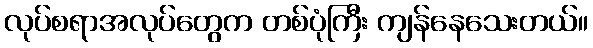
လုပ်စရာအလုပ်တွေက တစ်ပုံကြီး ကျန်နေသေးတယ်။